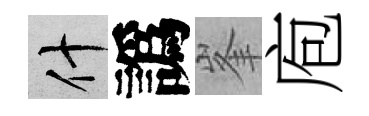
什譌峯庖